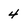
Character: 4